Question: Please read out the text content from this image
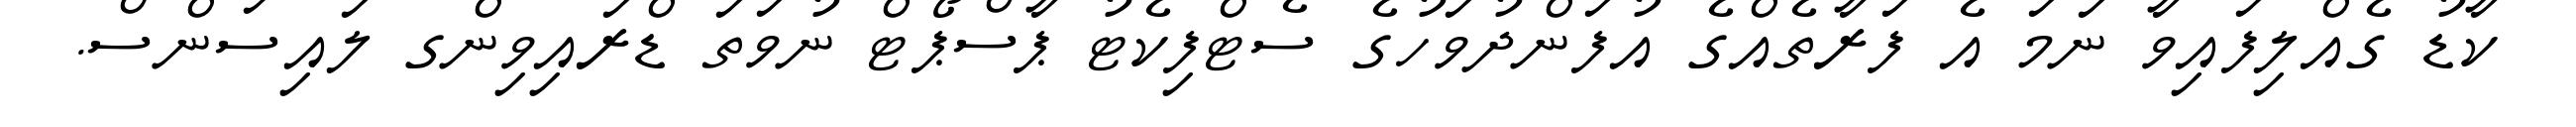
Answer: ކާޑު ގެއްލިފައިވާ ނަމަ އެ ފަރާތެއްގެ އުފަންދުވަހުގެ ސެޓްފިކެޓު ޕާސްޕޯޓް ނުވަތަ ޑްރައިވިންގ ލައިސަންސް.